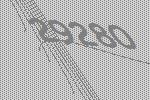
29280